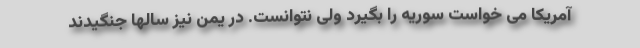
آمریکا می خواست سوریه را بگیرد ولی نتوانست. در یمن نیز سالها جنگیدند